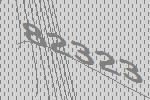
82323